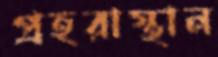
প্রহরাস্থান